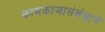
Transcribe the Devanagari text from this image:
कामकाजासंबंधाने